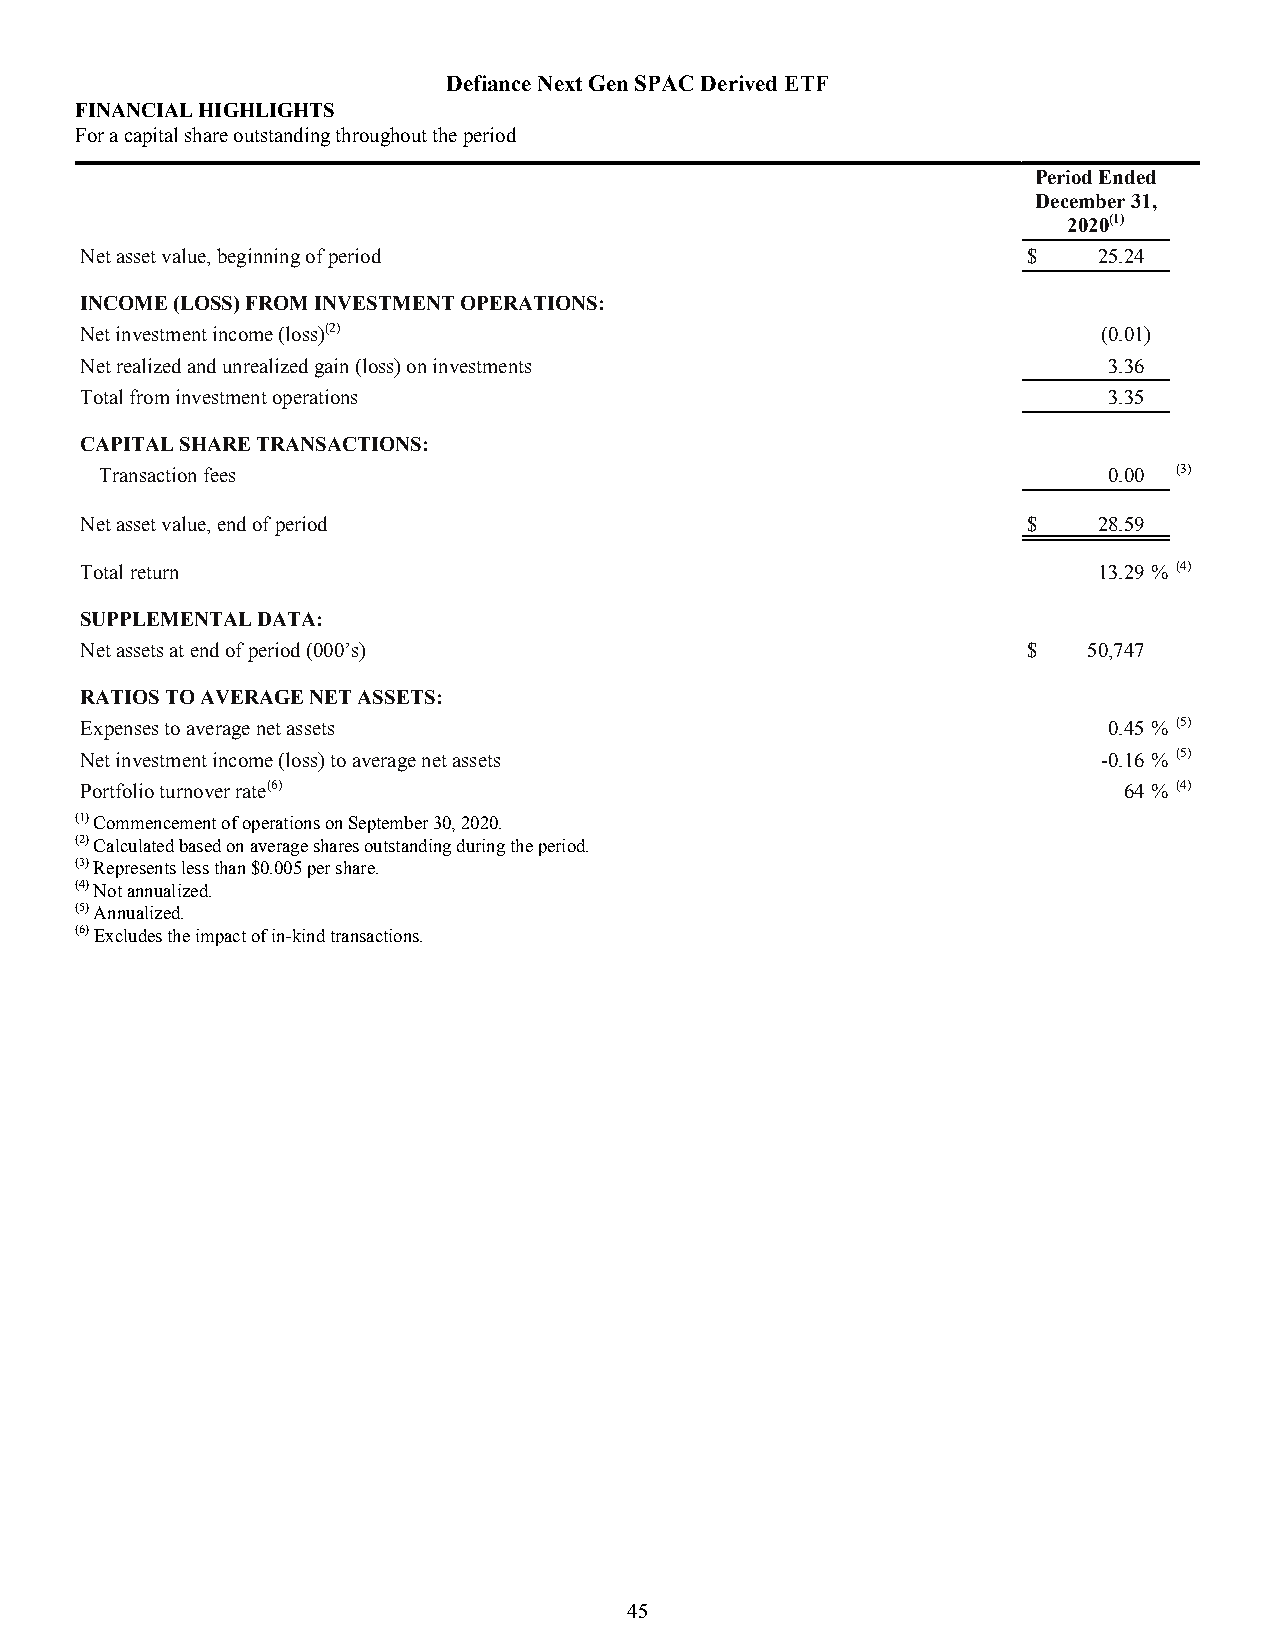
Defiance Next Gen SPAC Derived ETF
 FINANCIAL HIGHLIGHTS
 For a capital share outstanding throughout the period
 Period Ended
 December 31,
 2020(1)
 Net asset value, beginning of period                           $    25.24
 INCOME (LOSS) FROM INVESTMENT OPERATIONS:
 Net investment income (loss)(2)                                     (0.01)
 Net realized and unrealized gain (loss) on investments              3.36
 Total from investment operations                                    3.35
 CAPITAL SHARE TRANSACTIONS:
 Transaction fees                                                  0.00 (3)
 Net asset value, end of period                                 $    28.59
 Total return                                                        13.29 % (4)
 SUPPLEMENTAL DATA:
 Net assets at end of period (000’s)                            $   50,747
 RATIOS TO AVERAGE NET ASSETS:
 Expenses to average net assets                                      0.45 % (5)
 Net investment income (loss) to average net assets                  -0.16 % (5)
 Portfolio turnover rate(6)                                           64 % (4)
 (1) Commencement of operations on September 30, 2020.
 (2) Calculated based on average shares outstanding during the period.
 (3) Represents less than $0.005 per share.
 (4) Not annualized.
 (5) Annualized.
 (6) Excludes the impact of in-kind transactions.
 45